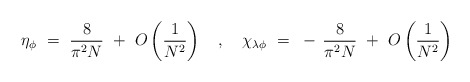
\begin{align*}\eta_\phi ~=~ \frac{8}{\pi^2N} ~+~ O\left( \frac{1}{N^2} \right) ~~~,~~~\chi_{\lambda\phi} ~=~ - \, \frac{8}{\pi^2N} ~+~ O\left( \frac{1}{N^2} \right)\end{align*}